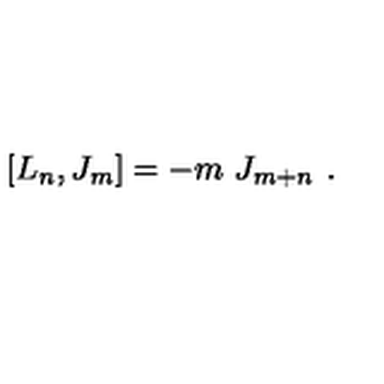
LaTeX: [ L _ { n } , J _ { m } ] = - m \ J _ { m + n } \ .